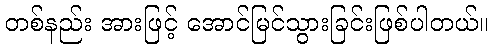
တစ်နည်း အားဖြင့် အောင်မြင်သွားခြင်းဖြစ်ပါတယ်။